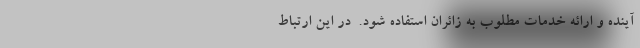
آینده و ارائه خدمات مطلوب به زائران استفاده شود. ‌ در این ارتباط